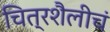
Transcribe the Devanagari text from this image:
चित्रशैलीचं